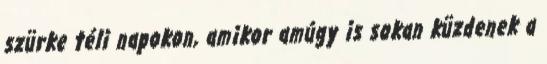
szürke téli napokon, amikor amúgy is sokan küzdenek a